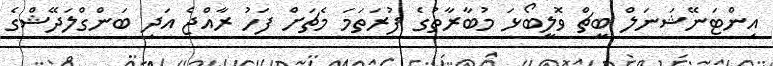
އިންޓަނޭޝަނަލް ބީޗް ވޮލީބޯޅަ މުބާރާތުގެ ފުރަތަމަ މެޗަށް ފަހު ރާއްޖެ އަދި ބަންގްލަދޭޝްގެ